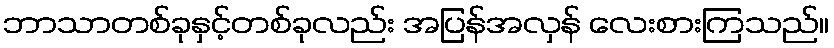
ဘာသာတစ်ခုနှင့်တစ်ခုလည်း အပြန်အလှန် လေးစားကြသည်။